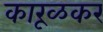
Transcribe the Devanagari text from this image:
कारूळकर